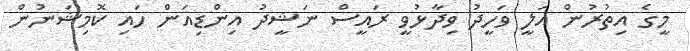
މީގެ އިތުރުން އަލީ ވަހީދު ވިދާޅުވީ ރައީސް ނަޝީދު އިންޑިއަން ހައި ކޮމިޝަނުން